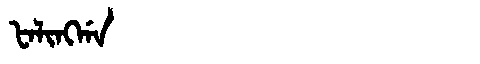
Manchu: ᡶᠠᠯᡳᠩᡤᠠ
Romanization: FALINGGA